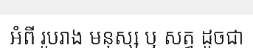
អំពី រូបរាង មនុស្ស ឬ សត្វ ដូចជា